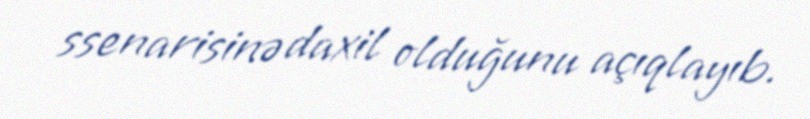
ssenarisinə daxil olduğunu açıqlayıb.